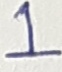
Text: 1